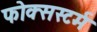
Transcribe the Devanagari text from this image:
फोक्सस्टर्म